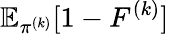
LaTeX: \mathbb{E}_{\pi^{(k)}}[1-F^{(k)}]